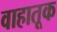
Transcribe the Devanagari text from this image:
वाहातूक